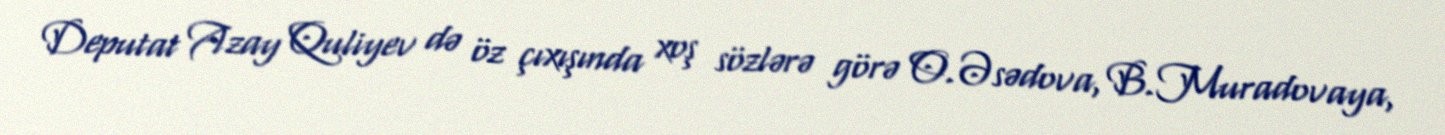
Deputat Azay Quliyev də öz çıxışında xoş sözlərə görə O.Əsədova, B.Muradovaya,